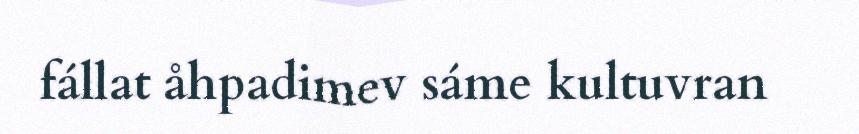
fállat åhpadimev sáme kultuvran